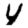
Digit: 4